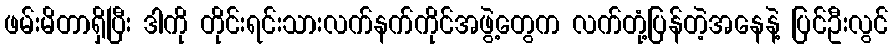
ဖမ်းမိတာရှိပြီး ဒါကို တိုင်းရင်းသားလက်နက်ကိုင်အဖွဲ့တွေက လက်တုံ့ပြန်တဲ့အနေနဲ့ ပြင်ဦးလွင်